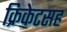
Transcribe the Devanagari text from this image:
क्रिकेटसह